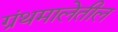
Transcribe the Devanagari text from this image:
ग्रंथमालेतील